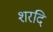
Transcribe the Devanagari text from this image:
शरदि